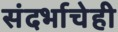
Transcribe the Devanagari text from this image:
संदर्भाचेही